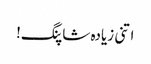
اتنی زیادہ شاپنگ!